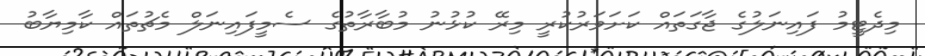
މިދެޓީމު ފައިނަލުގެ ޖާގަތައް ކަށަވަރުކުރީ މިރޭ ކުޅުނު މުބާރާތުގެ ސެމީފައިނަލް މެޗުތައް ކާމިޔާބު